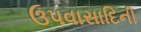
ઉપવાસાદિની